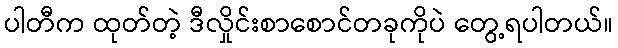
ပါတီက ထုတ်တဲ့ ဒီလှိုင်းစာစောင်တခုကိုပဲ တွေ့ရပါတယ်။